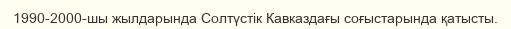
1990-2000-шы жылдарында Солтүстік Кавказдағы соғыстарында қатысты.